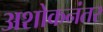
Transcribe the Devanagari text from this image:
अशोकनंतर